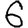
Digit: 6